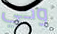
وحي